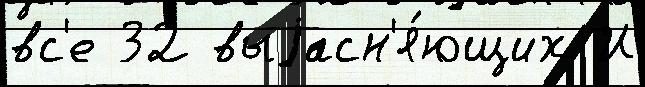
вс'е 32 выjасн'я́ющих И